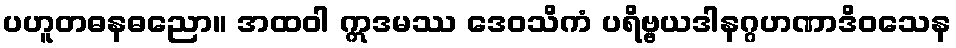
ပဟူတဓနဓညော။ အထဝါ ဣဒမဿ ဒေဝသိကံ ပရိဗ္ဗယဒါနဂ္ဂဟဏာဒိဝသေန